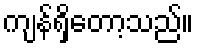
ကျန်ရှိတော့သည်။